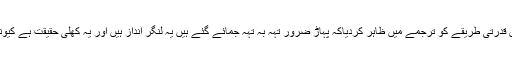
یہ صرف امام احمد رضا کی فکر کی گہرائی ہے کہ انہوں نے دولفظوں کے انتخاب سے اس قدرتی طریقے کو ترجمے میں ظاہر کردیاکہ پہاڑ ضرور تہہ بہ تہہ جمائے گئے ہیں یہ لنگر انداز ہیں اور یہ کھلی حقیقت ہے کیونکہ جیولوجی سے تعلق رکھنے والےاچھی طرح جانتے ہیں کہ پہاڑ کیوں ساکن خاموش ہے۔